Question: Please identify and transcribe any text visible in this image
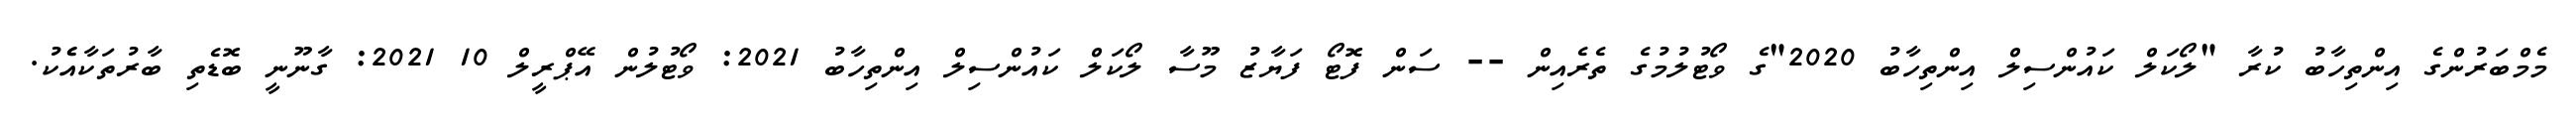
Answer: މެމްބަރުންގެ އިންތިހާބު ކުރާ "ލޯކަލް ކައުންސިލް އިންތިހާބު 2020"ގެ ވޯޓުލުމުގެ ތެރެއިން -- ސަން ފޮޓޯ ފަޔާޒު މޫސާ ލޯކަލް ކައުންސިލް އިންތިހާބު 2021: ވޯޓުލުން އޭޕްރީލް 10 2021: ގާނޫނީ ބޮޑެތި ބާރުތަކާއެެކު.